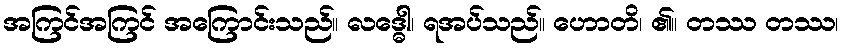
အကြင်အကြင် အကြောင်းသည်။ လဒ္ဓေါ၊ ရအပ်သည်။ ဟောတိ၊ ၏။ တဿ တဿ၊